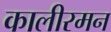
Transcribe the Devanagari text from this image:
कालीरमन